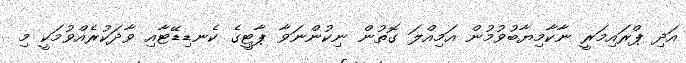
އަދި ޕްރައިމަރީ ނާކާމިޔާބުވުމުން އަމިއްލަ ގޮތުން ނިކުންނަވާ ޕާޓީގެ ކެނޑިޑޭޓާއި ވާދަކުރެއްވުމަކީ މި